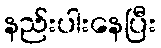
နည်းပါးနေပြီး